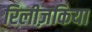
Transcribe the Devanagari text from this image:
रिलीज़किया